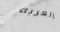
العربه